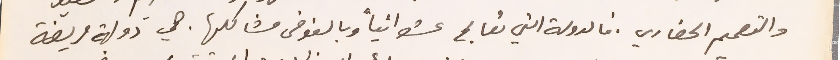
والتصميم الحضاري. فالدولة التي تعالج عشوانياً وبالفوضى مشاكلها. هي دولة مريضة